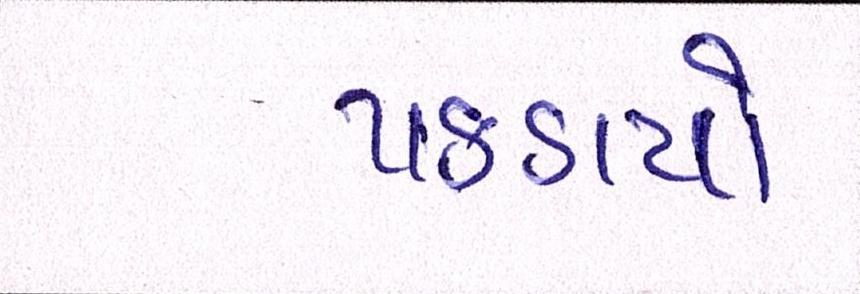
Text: પકડયો